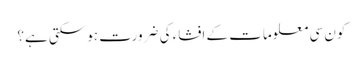
کون سی معلومات کے افشاء کی ضرورت ہوسکتی ہے؟